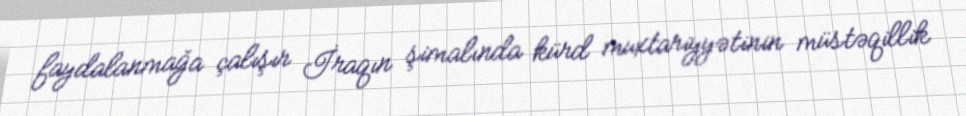
faydalanmağa çalışır İraqın şimalında kürd muxtariyyətinin müstəqillik